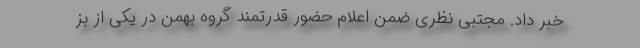
خبر داد. مجتبی نظری ضمن اعلام حضور قدرتمند گروه بهمن در یکی از بز